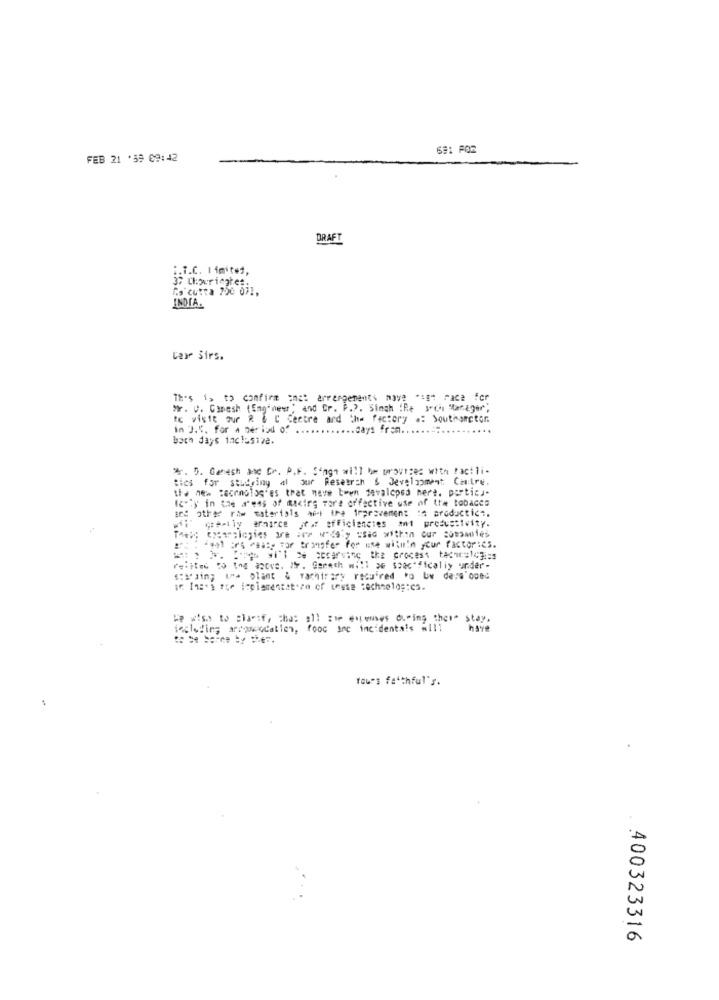
FEB 21 '39 09:42
DRAFT
:. T.C. Ifmited,
37 Chowriegtes.
"a'cutta 750 071,
INDIA.
Cair Sirs.
Th's 1> to confirm amat arrangements move "sgt race for
. V. Gamesh (Engineer, and Cr. P.P. Singh IRe sech Manager,
to visit our R & C Centre and the factory .: Southampton
in J.K. for a period .. .......
..... days fra ............
.....
both days inclusive.
"4. 5. Ganesh and Cr. P.F. S"ngn will be trovizes with facili-
ties for studying al Jur Research & Development. Cantre.
the new Recension'es that have town devaloped mert. portica-
Ichy in the areas of muciry more effective use of the tobacco
and other raw materials met the improvement a productica.
„l' ce-tiy ernance /f.f efficiencies #1 productivity.
en creamslogies we are widely used within our companies
2801 :es wa85% For transfer for use witi'm your factories.
. 5w wh'l % sccarving the process tecw=143i ==
Petites to the above. IF. Gamech will >w saac"ficaliy under-
""""Jim; ("a plant & Tachirary rscuired to be dera'oped
Be wisy to claesf, Cha: all zwe enenses during thew" stay.
fecleling arcoscocatien, food inc incidentals #111
have
You's faithful's.
N
a
400323316